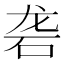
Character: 砻